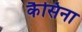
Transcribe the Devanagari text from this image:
कैसिना